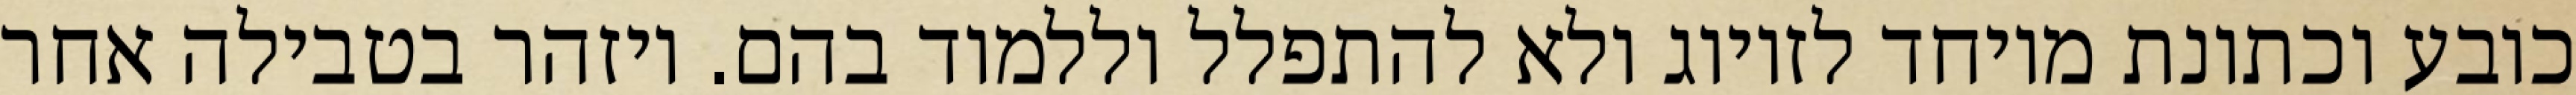
כובע וכתונת מיוחד לזיווג ולא להתפלל וללמוד בהם. ויזהר בטבילה אחר